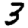
Digit: 3